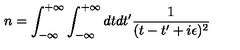
n = \int _ { - \infty } ^ { + \infty } \int _ { - \infty } ^ { + \infty } d t d t ^ { \prime } { \frac { 1 } { ( t - t ^ { \prime } + i \epsilon ) ^ { 2 } } }